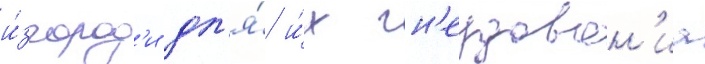
и́згород'и дл'я́ и́х гн'ездован'иа